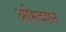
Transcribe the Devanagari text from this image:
अभिदर्शन